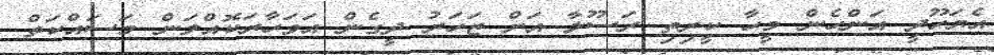
އެޔަހޫދީ އަންހެން މީހާ ކީރިތި ރަސޫލާ އަށް ޒަހަރު ދީގެން އަވަހާރަކޮއްލަން މަސައްކަތް